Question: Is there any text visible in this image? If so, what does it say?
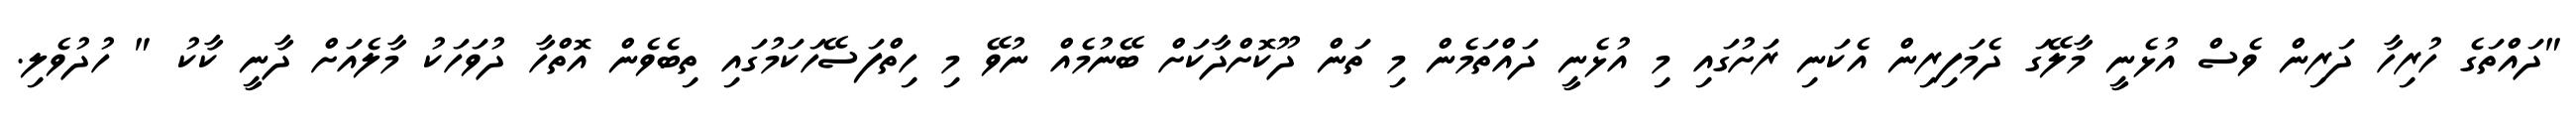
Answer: "ދައްތަގެ ހުރިހާ ދަރިން ވެސް އުޅެނީ މާލޭގަ ދެމަފިރިން އެކަނި ރަށުގައި މި އުޅެނީ ދައްތަމެން މި ތަން ދޫކޮށްދާކަށް ބޭނުމެއް ނުވޭ މި ހިތްފަސޭހަކަމުގައި ތިބެވެން އޮތްހާ ދުވަހަކު މާލެއަށް ދާނީ ކާކު " ހުދުވެލި.